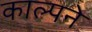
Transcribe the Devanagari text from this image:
काल्पने